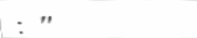
: "